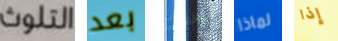
التلوث بعد ليست لماذا إذا